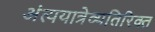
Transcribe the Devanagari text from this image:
अंत्ययात्रेव्यतिरिक्त